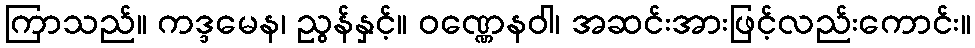
ကြာသည်။ ကဒ္ဒမေန၊ ညွန်နှင့်။ ဝဏ္ဏေနဝါ၊ အဆင်းအားဖြင့်လည်းကောင်း။